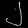
Digit: ၂